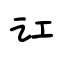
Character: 讧